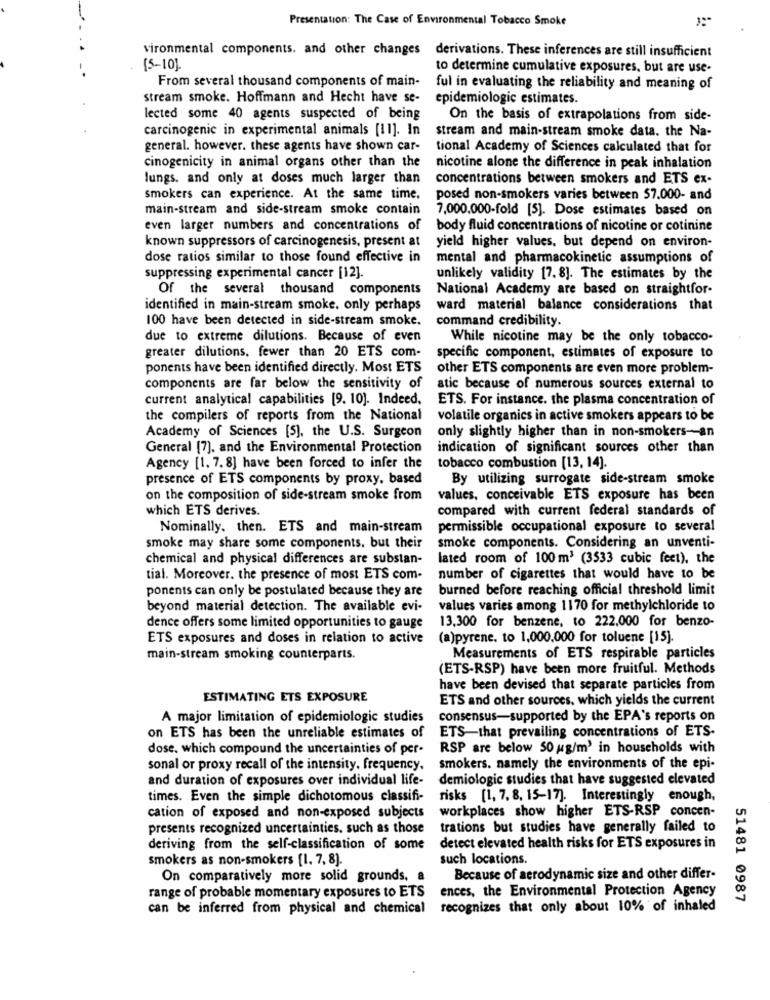
Presentation: The Case of Environmental Tobacco Smoke
":"
vironmental components. and other changes
derivations. These inferences are still insufficient
[5-10]
to determine cumulative exposures, but are use-
From several thousand components of main-
ful in evaluating the reliability and meaning of
stream smoke. Hoffmann and Hecht have se-
epidemiologic estimates.
lected some 40 agents suspected of being
On the basis of extrapolations from side-
carcinogenic in experimental animals [11]. In
stream and main-stream smoke data. the Na-
general. however. these agents have shown car-
tional Academy of Sciences calculated that for
cinogenicity in animal organs other than the
nicotine alone the difference in peak inhalation
lungs. and only at doses much larger than
concentrations between smokers and ETS ex-
smokers can experience. At the same time.
posed non-smokers varies between 57.000- and
main-stream and side-stream smoke contain
7,000.000-fold [5]. Dose estimates based on
even larger numbers and concentrations of
body fluid concentrations of nicotine or cotinine
known suppressors of carcinogenesis, present at
yield higher values, but depend on environ-
dose ratios similar to those found effective in
mental and pharmacokinetic assumptions of
suppressing experimental cancer [12].
unlikely validity [7. 8]. The estimates by the
Of the several thousand components
National Academy are based on straightfor-
identified in main-stream smoke. only perhaps
ward material balance considerations that
100 have been detected in side-stream smoke.
command credibility.
due to extreme dilutions. Because of even
While nicotine may be the only tobacco-
greater dilutions. fewer than 20 ETS com-
specific component, estimates of exposure to
ponents have been identified directly. Most ETS
other ETS components are even more problem-
components are far below the sensitivity of
atic because of numerous sources external to
current analytical capabilities [9. 10]. Indeed.
ETS. For instance. the plasma concentration of
the compilers of reports from the National
volatile organics in active smokers appears to be
Academy of Sciences [5], the U.S. Surgeon
only slightly higher than in non-smokers-an
General [7], and the Environmental Protection
indication of significant sources other than
Agency [1. 7. 8] have been forced to infer the
tobacco combustion [13, 14).
presence of ETS components by proxy, based
By utilizing surrogate side-stream smoke
on the composition of side-stream smoke from
values, conceivable ETS exposure has been
which ETS derives.
compared with current federal standards of
Nominally. then. ETS and main-stream
permissible occupational exposure to several
smoke may share some components. but their
smoke components. Considering an unventi-
chemical and physical differences are substan-
lated room of 100m3 (3533 cubic feet), the
tial. Moreover. the presence of most ETS com-
number of cigarettes that would have to be
ponents can only be postulated because they are
burned before reaching official threshold limit
beyond material detection. The available evi-
values varies among 1170 for methylchloride to
13,300 for benzene, to 222,000 for benzo-
dence offers some limited opportunities to gauge
ETS exposures and doses in relation to active
(a)pyrene. to 1.000.000 for toluene [15]
main-stream smoking counterparts.
Measurements of ETS respirable particles
(ETS-RSP) have been more fruitful. Methods
have been devised that separate particles from
ESTIMATING ETS EXPOSURE
ETS and other sources, which yields the current
A major limitation of epidemiologic studies
consensus-supported by the EPA's reports on
ETS-that prevailing concentrations of ETS-
on ETS has been the unreliable estimates of
dose. which compound the uncertainties of per-
RSP are below 50 g/m' in households with
sonal or proxy recall of the intensity. frequency.
smokers. namely the environments of the epi-
and duration of exposures over individual life-
demiologie studies that have suggested elevated
times. Even the simple dichotomous classifi-
risks [1, 7, 8, 15-17]. Interestingly enough,
workplaces show higher ETS-RSP concen-
cation of exposed and non-exposed subjects
presents recognized uncertainties, such as those
trations but studies have generally failed to
deriving from the self-classification of some
detect elevated health risks for ETS exposures in
smokers as non-smokers [1, 7, 8).
such locations.
On comparatively more solid grounds, a
Because of aerodynamic size and other differ-
ences, the Environmental Protection Agency
range of probable momentary exposures to ETS
51481 0987
can be inferred from physical and chemical recognizes that only about 10% of inhaled